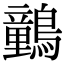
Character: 䴀